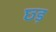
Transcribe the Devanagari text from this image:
छ्ड़